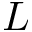
\cal L